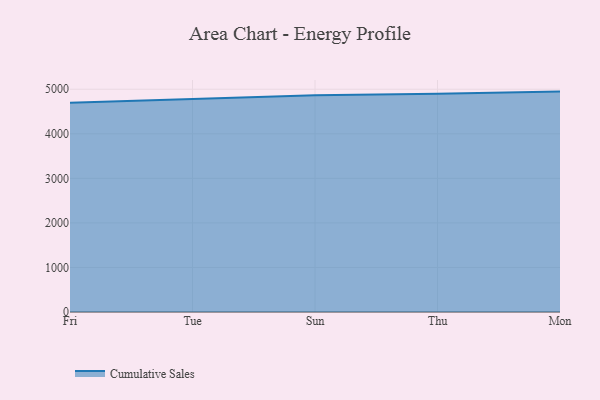
{"axis": {"x": "Day", "y": "Tickets Resolved"}, "legend": ["Cumulative Sales"], "data": [{"x": "Fri", "y": 4695.8, "type": "Cumulative Sales"}, {"x": "Tue", "y": 4783.1, "type": "Cumulative Sales"}, {"x": "Sun", "y": 4862.4, "type": "Cumulative Sales"}, {"x": "Thu", "y": 4900.5, "type": "Cumulative Sales"}, {"x": "Mon", "y": 4947.0, "type": "Cumulative Sales"}]}